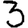
Digit: 3